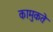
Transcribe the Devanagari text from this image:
कामुकते